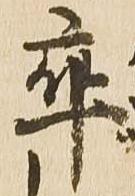
率